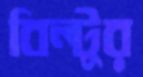
বিল্টুর